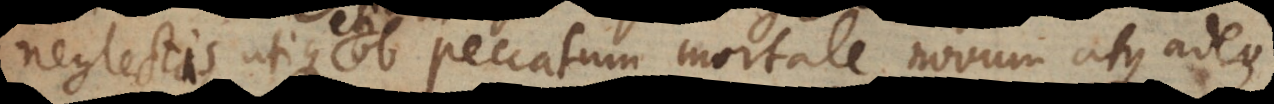
neglectis, utique ob peccatum mortale novum atque ad